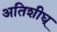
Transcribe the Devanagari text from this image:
अतिशीघ्